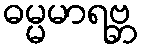
ဓမ္မမာရဗ္ဘ